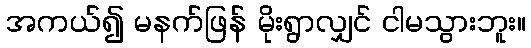
အကယ်၍ မနက်ဖြန် မိုးရွာလျှင် ငါမသွားဘူး။